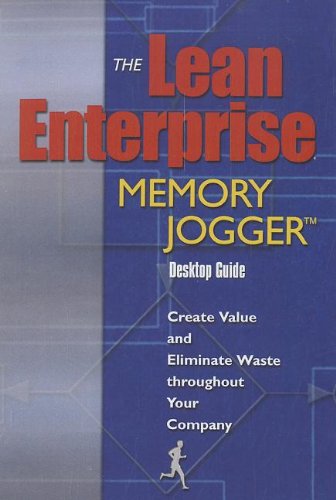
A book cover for The Lean Enterprise Memory Jogger Desktop Guide; Richard L. Macinnes; Business & Money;